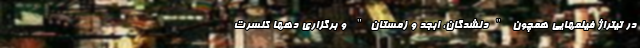
در تیتراژ فیلمهایی همچون "دلشدگان، ابجد و زمستان" و برگزاری دهها کنسرت